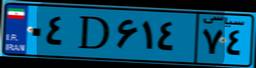
۰۴D۶۱۴۷۴